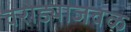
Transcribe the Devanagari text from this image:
वरोड्याजवळ